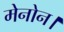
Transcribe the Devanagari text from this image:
मेनोन।